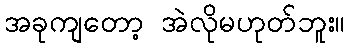
အခုကျတော့ အဲလိုမဟုတ်ဘူး။